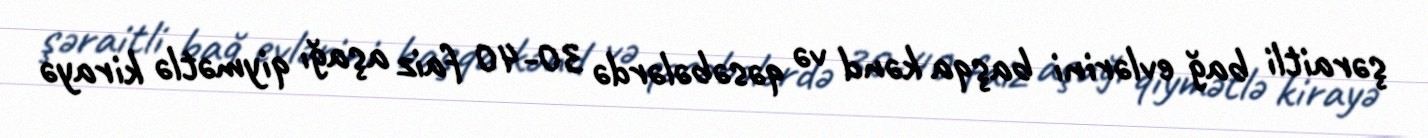
şəraitli bağ evlərini başqa kənd və qəsəbələrdə 30-40 faiz aşağı qiymətlə kirayə